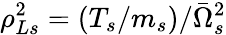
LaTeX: \rho_{Ls}^{2}=(T_{s}/m_{s})/\bar{\Omega}_{s}^{2}